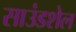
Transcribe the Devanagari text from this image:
साउंडशेल